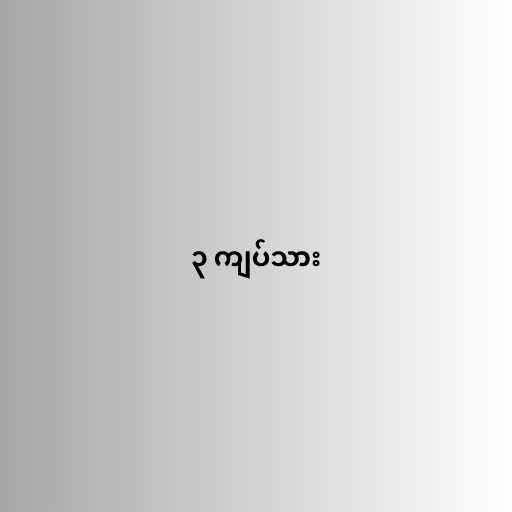
၃ ကျပ်သား